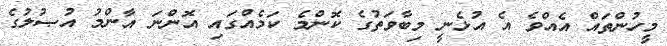
މީހުންތައް އެއްވެ އެ އުޅެނީ މިބާވަތުގެ ކޮންމެ ކަމެއްގައި އޮންނަ އާންމު އުޞުލުގެ